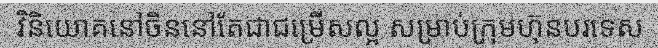
វិនិយោគនៅចិននៅតែជាជម្រើសល្អ សម្រាប់ក្រុមហ៊ុនបរទេស